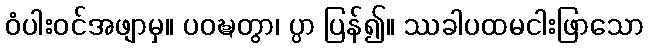
ဝံပါးဝင်အဖျာမှ။ ပဝဍ္ဎတွာ၊ ပ္ပာ ပြန်၍။ ဿခါပထမငါးဖြာသော